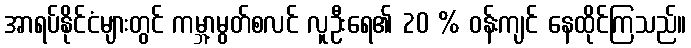
အာရပ်နိုင်ငံများတွင် ကမ္ဘာ့မွတ်စလင် လူဦးရေ၏ 20 % ဝန်းကျင် နေထိုင်ကြသည်။